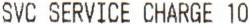
SVC SERVICE CHARGE 10